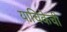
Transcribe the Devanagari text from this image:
याचिकेची